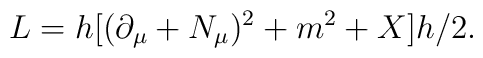
L = h [(\partial_{\mu}+N_{\mu})^{2} + m^{2} + X] h/2.